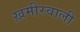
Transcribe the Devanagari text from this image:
ख़मीरवाली